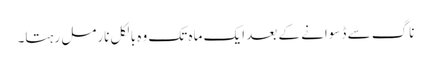
ناگ سے ڈسوانے کے بعد ایک ماہ تک وہ بالکل نارمل رہتا۔